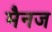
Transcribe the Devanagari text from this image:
मैनज